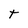
Character: t